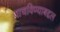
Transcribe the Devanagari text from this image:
वाचविण्याबद्दल